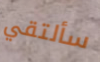
سألتقي